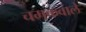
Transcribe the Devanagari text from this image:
चमकवाले